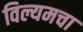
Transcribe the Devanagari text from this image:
विल्यमचा